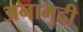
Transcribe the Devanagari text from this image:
अनामुदी